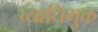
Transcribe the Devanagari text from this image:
व्याधिमुक्त